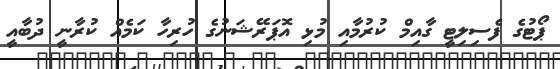
ޕޯޓުގެ ފެސިލިޓީ ގާއިމް ކުރުމާއި މުޅި އޮޕަރޭޝަނުގެ ހުރިހާ ކަމެއް ކުރާނީ ދުބާއީ